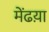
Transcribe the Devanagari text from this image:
मेंढय़ा